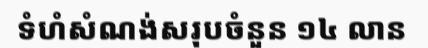
ទំហំសំណង់សរុបចំនួន ១៤ លាន